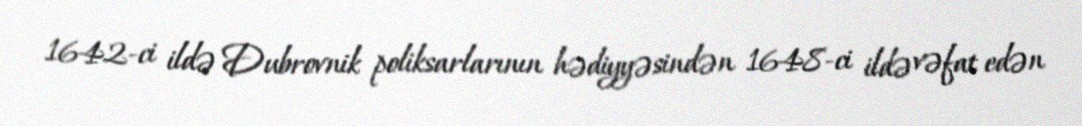
1642-ci ildə Dubrovnik poliksarlarının hədiyyəsindən 1648-ci ildə vəfat edən